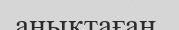
анықтаған.